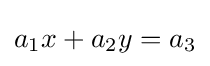
a_{1}x+a_{2}y=a_{3}